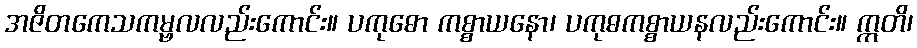
အဇိတကေသကမ္ဗလလည်းကောင်း။ ပကုဓော ကစ္စာယနော၊ ပကုဓကစ္စာယနလည်းကောင်း။ ဣတိ၊